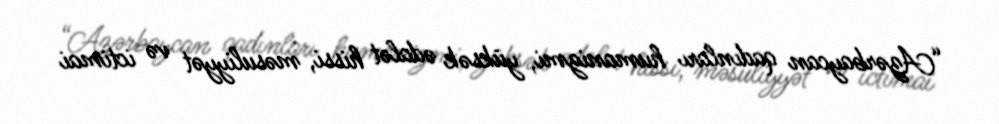
“Azərbaycan qadınları humanizmi, yüksək ədalət hissi, məsuliyyət və ictimai